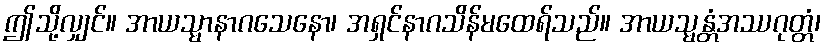
ဤသို့လျှင်။ အာယသ္မာနာဂသေနော၊ အရှင်နာဂသိန်မထေရ်သည်။ အာယသ္မန္တံအဿဂုတ္တံ၊